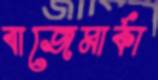
বাজেমার্কা